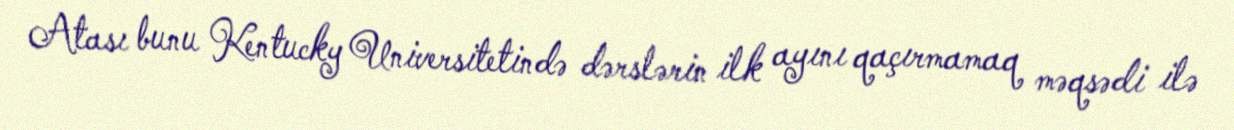
Atası bunu Kentucky Universitetində dərslərin ilk ayını qaçırmamaq məqsədi ilə